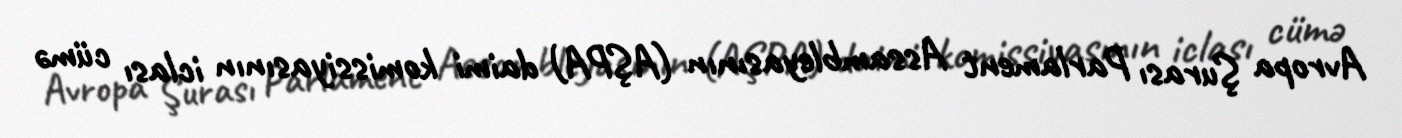
Avropa Şurası Parlament Assambleyasının (AŞPA) daimi komissiyasının iclası cümə